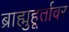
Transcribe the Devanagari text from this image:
ब्राह्मुहूर्तावर